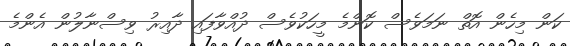
ކަން މިހެން އޮތް ނަމަވެސް ކޮންމެ މީހަކުވެސް ދުއްވާފައި ދާއިރު ވިސްނާލުން އެންމެ